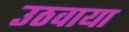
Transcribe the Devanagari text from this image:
उठवाया